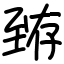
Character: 臶